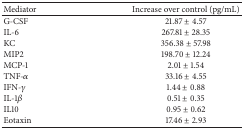
<table><thead><tr><td><b>Mediator</b></td><td><b> Increase over control (pg/mL)</b></td></tr></thead><tbody><tr><td>G-CSF</td><td>21.87 ± 4.57</td></tr><tr><td>IL-6</td><td>267.81 ± 28.35</td></tr><tr><td>KC</td><td>356.38 ± 57.98</td></tr><tr><td>MIP2</td><td>198.70 ± 12.24</td></tr><tr><td>MCP-1</td><td>2.01 ± 1.54</td></tr><tr><td>TNF-<i>α</i></td><td>33.16 ± 4.55</td></tr><tr><td>IFN-<i>γ</i></td><td>1.44 ± 0.88</td></tr><tr><td>IL-1<i>β</i></td><td>0.51 ± 0.35</td></tr><tr><td>IL10</td><td>0.95 ± 0.62</td></tr><tr><td>Eotaxin</td><td>17.46 ± 2.93</td></tr></tbody></table>